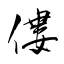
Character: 僂